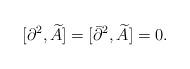
LaTeX: \begin{align*}[\partial^{2},\widetilde{A}]=[\bar\partial^{2},\widetilde{A}]=0.\end{align*}